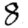
Digit: 8